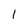
Character: 1